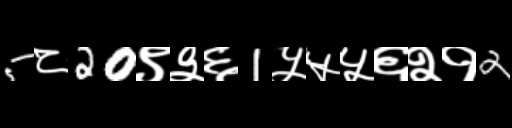
Text: 5८20९३६1५५५६२१2